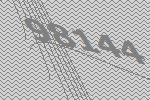
98144